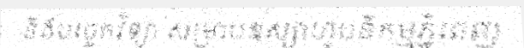
និងបច្ចេកវិទ្យា សម្រាប់ឧស្សាហូបនីកម្មភ្នំពេញ